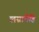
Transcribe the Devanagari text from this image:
लग्नाचेहि